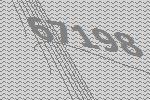
67198